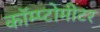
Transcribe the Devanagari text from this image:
कॉम्प्टोमीटर